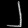
Digit: ၂